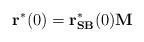
LaTeX: \begin{align*}\mathbf{r}^*(0)=\mathbf{r}_{\mathbf{SB}}^*(0) \mathbf{M}\end{align*}